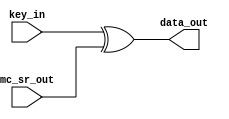
`timescale 1ns / 1ps
//////////////////////////////////////////////////////////////////////////////////
// Company: 
// Engineer: 
// 
// Design Name: 
// Module Name:    Sub_Key 
// Project Name: 
// Target Devices: 
// Tool versions: 
// Description: 
//
// Dependencies: 
//
// Revision: 
// Revision 0.01 - File Created
// Additional Comments: 
//
//////////////////////////////////////////////////////////////////////////////////
module Sub_Key(key_in,mc_sr_out,data_out
    );
	 input [127:0]key_in;
	 input [127:0]mc_sr_out;
	 output [127:0]data_out;

	assign data_out=key_in^mc_sr_out;

endmodule